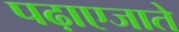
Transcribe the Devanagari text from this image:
पढ़ाएजाते